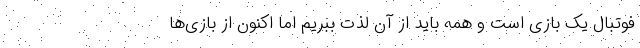
فوتبال یک بازی است و همه باید از آن لذت ببریم اما اکنون از بازی‌ها